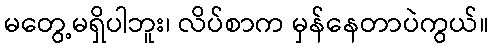
မတွေ့မရှိပါဘူး၊ လိပ်စာက မှန်နေတာပဲကွယ်။